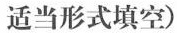
适当形式填空)